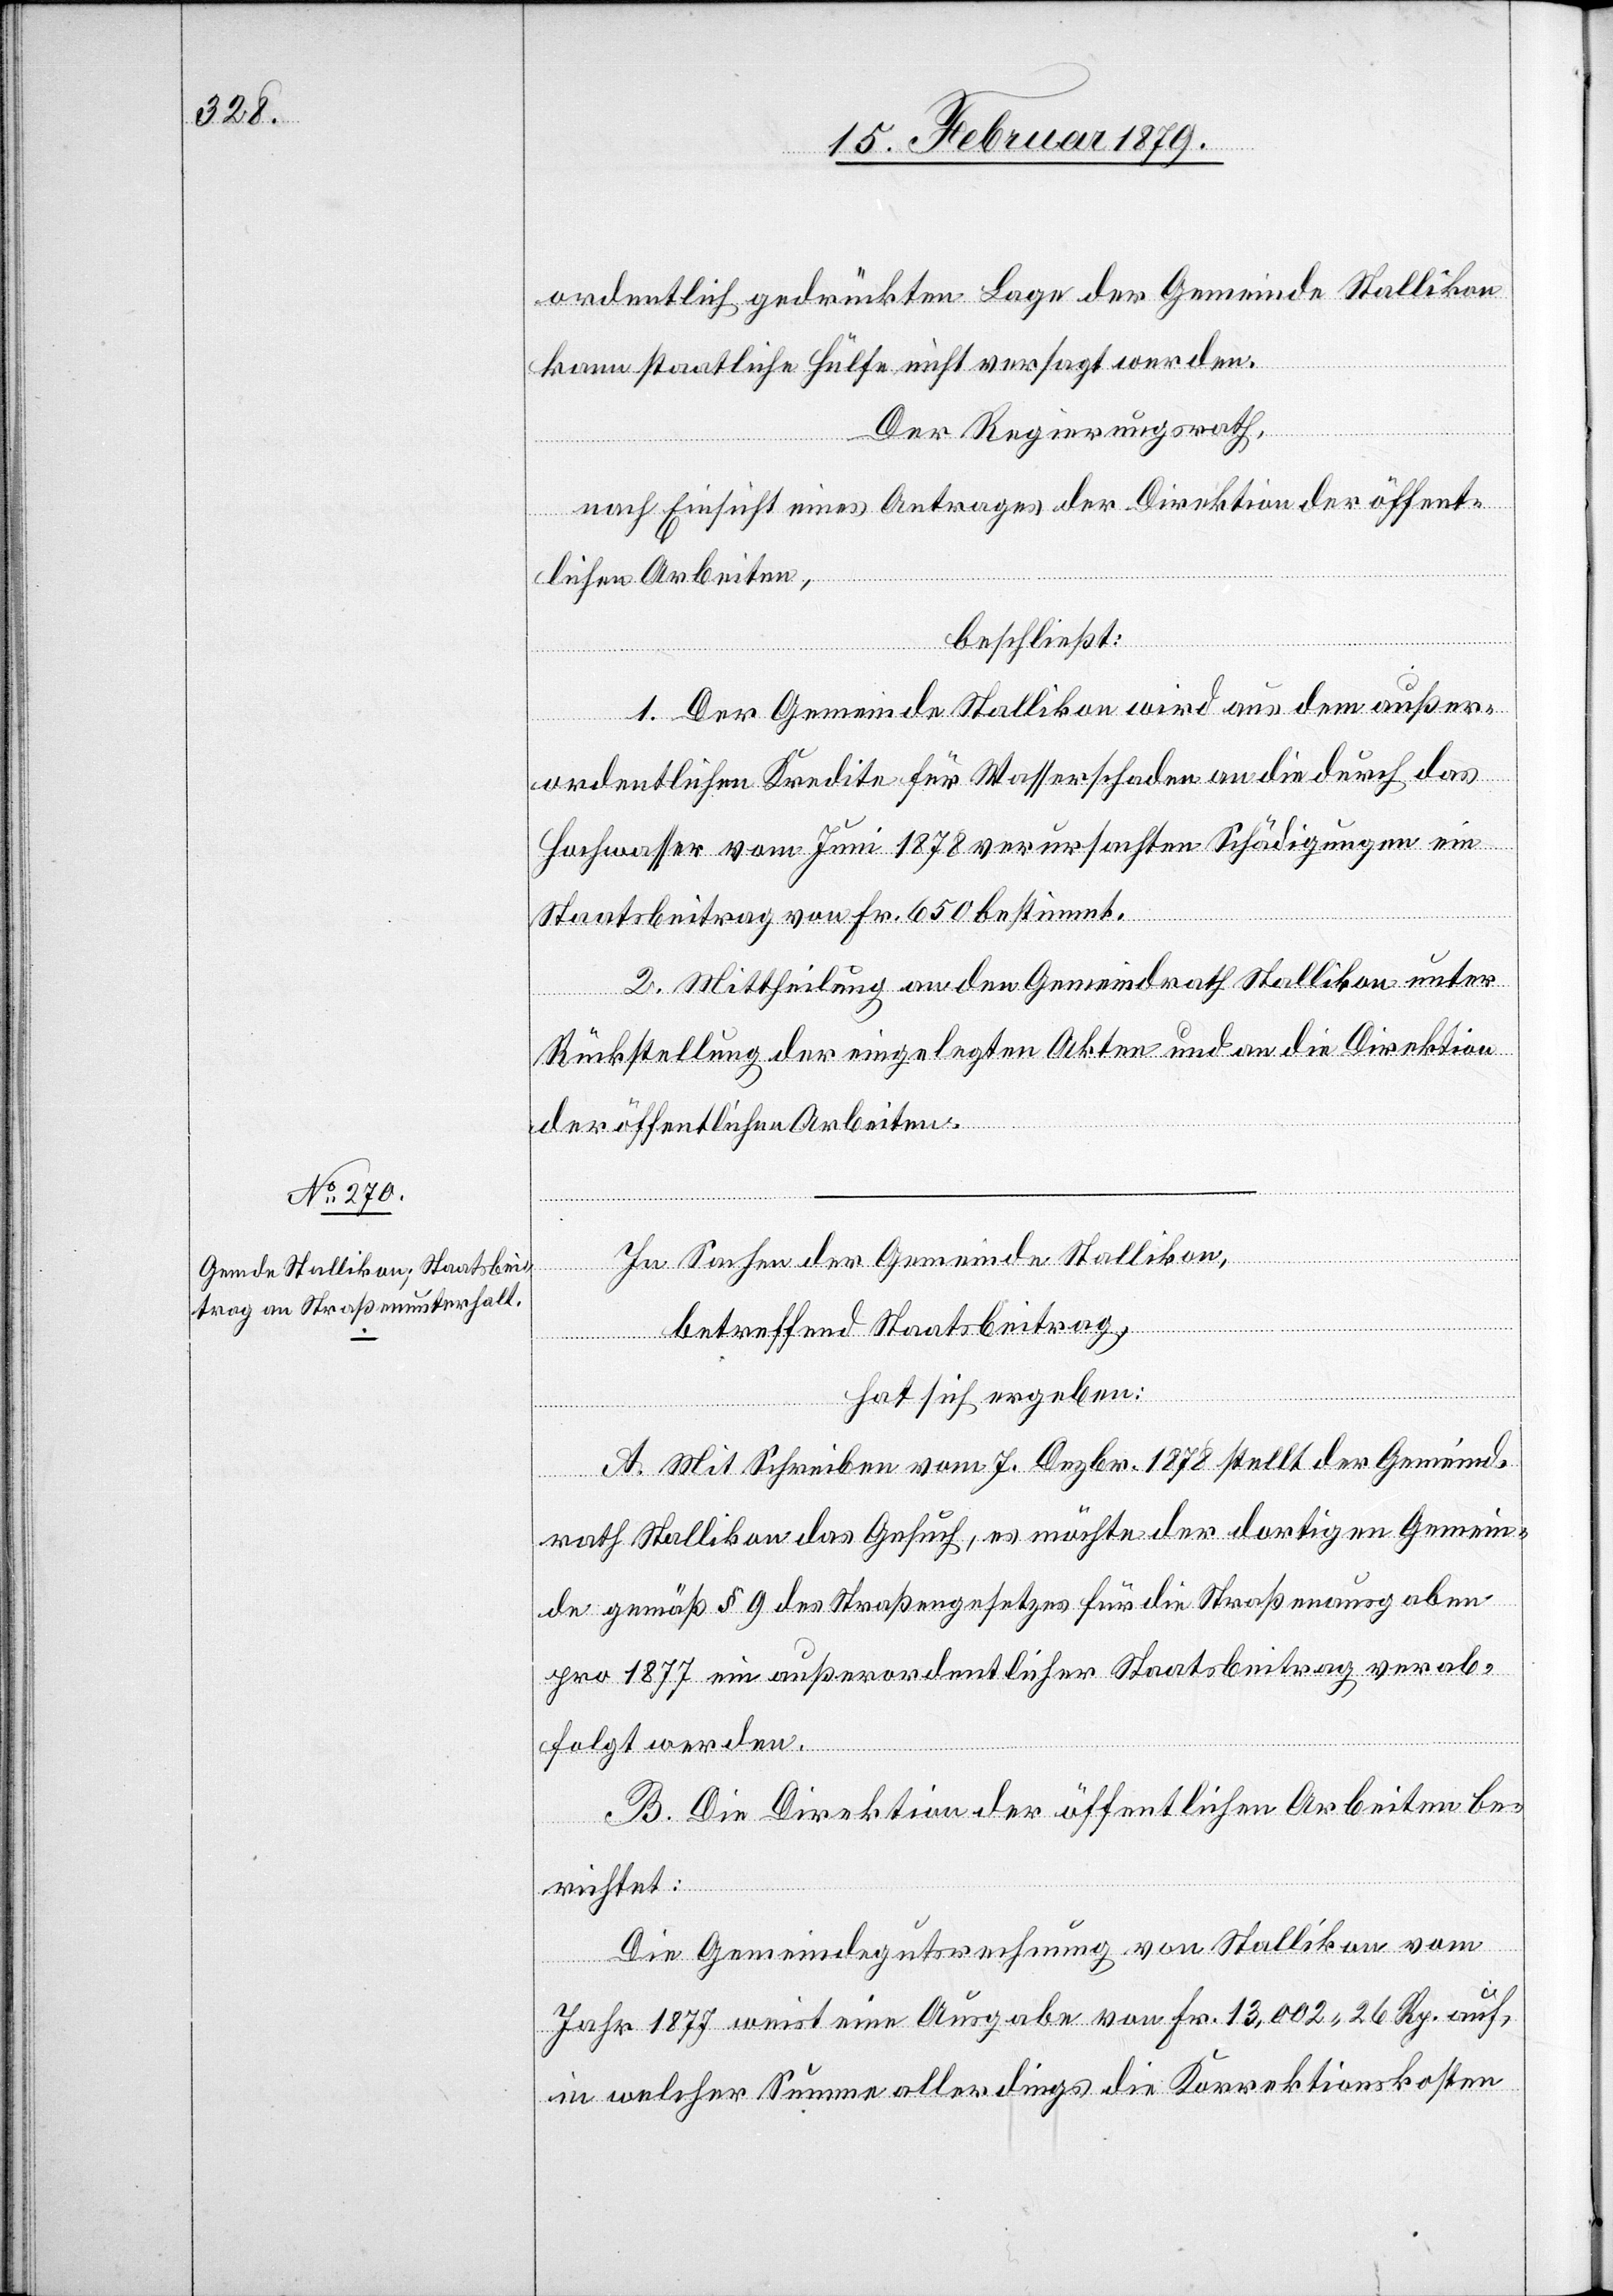
ordentlich gedrückten Lage der Gemeinde Stallikon
kann staatliche Hülfe nicht versagt werden.
Der Regierungsrath,
nach Einsicht eines Antrages der Direktion der öffent¬
lichen Arbeiten,
beschließt:
1. Der Gemeinde Stallikon wird aus dem außer¬
ordentlichen Kredite für Wasserschaden an die durch das
Hochwasser vom Juni 1878 verursachten Schädigungen ein
Staatsbeitrag von Fr. 650 bestimmt.
2. Mittheilung an den Gemeindrath Stallikon unter
Rückstellung der eingelegten Akten und an die Direktion
der öffentlichen Arbeiten.
In Sachen der Gemeinde Stallikon,
betreffend Staatsbeitrag,
hat sich ergeben:
A. Mit Schreiben vom 7. Dezbr. 1878 stellt der Gemeind¬
rath Stallikon das Gesuch, es möchte der dortigen Gemein¬
de gemäß § 9 des Straßengesetzes für die Straßenausgaben
1877 ein außerordentlicher Staatsbeitrag verab¬
folgt werden.
B. Die Direktion der öffentlichen Arbeiten be¬
richtet:
Die Gemeindegutsrechnung von Stallikon vom
Jahr 1877 weist eine Ausgabe von Fr. 13,002 26 Rp. auf,
in welcher Summe allerdings die Korrektionskosten